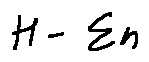
H - \sum n